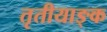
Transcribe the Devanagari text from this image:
तृतीयाङ्क